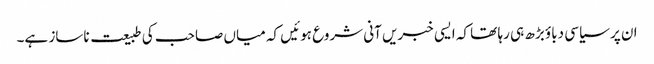
ان پر سیاسی دباؤ بڑھ ہی رہا تھا کہ ایسی خبریں آنی شروع ہوئیں کہ میاں صاحب کی طبیعت ناساز ہے۔